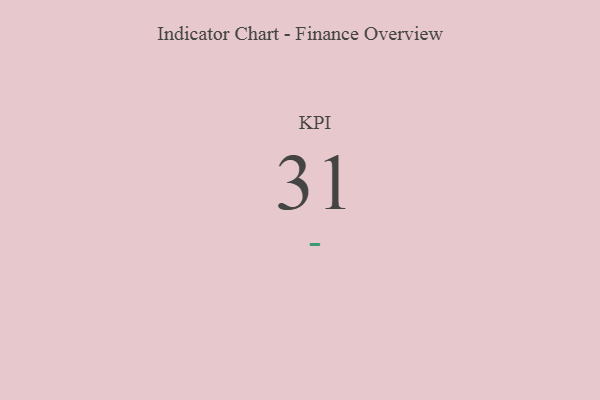
{"axis": {"x": "KPI", "y": "Value"}, "legend": [""], "data": [{"x": "KPI", "y": 31, "type": ""}]}